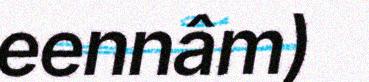
eennâm)